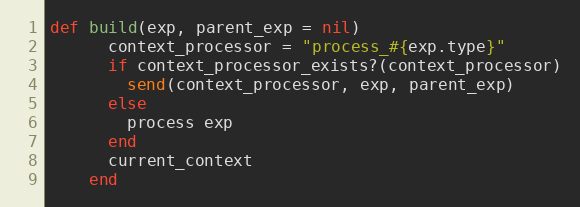
Language: Ruby
def build(exp, parent_exp = nil)
      context_processor = "process_#{exp.type}"
      if context_processor_exists?(context_processor)
        send(context_processor, exp, parent_exp)
      else
        process exp
      end
      current_context
    end